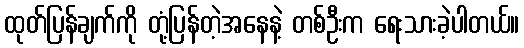
ထုတ်ပြန်ချက်ကို တုံ့ပြန်တဲ့အနေနဲ့ တစ်ဦးက ရေးသားခဲ့ပါတယ်။